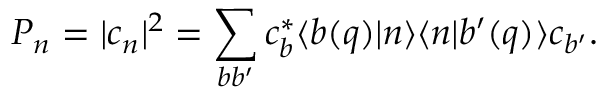
P _ { n } = | c _ { n } | ^ { 2 } = \sum _ { b b ^ { \prime } } c _ { b } ^ { * } \langle b ( q ) | n \rangle \langle n | b ^ { \prime } ( q ) \rangle c _ { b ^ { \prime } } .